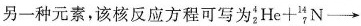
另一种元素，该核反应方程可写为$$_ { 2 } ^ { 4 } H e + _ { 7 } ^ { 1 4 } N \rightarrow